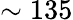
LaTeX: \sim 135